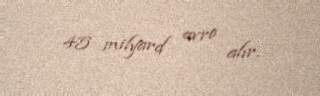
45 milyard avro alır.